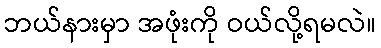
ဘယ်နားမှာ အဖုံးကို ဝယ်လို့ရမလဲ။